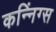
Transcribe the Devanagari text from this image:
कन्निंग्स